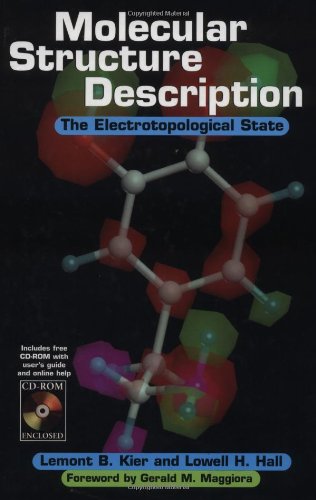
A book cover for Molecular Structure Description: The Electrotopological State; Lemont B. Kier; Medical Books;